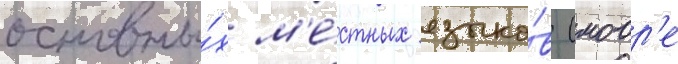
основны́х м'е́стных языко́в (моор'е